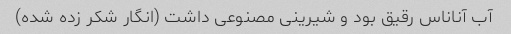
آب آناناس رقیق بود و شیرینی مصنوعی داشت (انگار شکر زده شده)